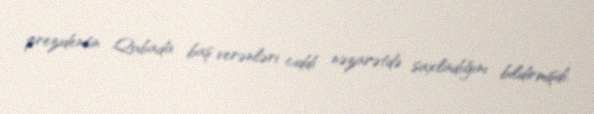
prezidentin Qubada baş verənləri ciddi nəzarətdə saxladığını bildirmişdi.